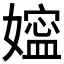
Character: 𰌖